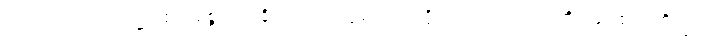
ဣဓ၊ ဤလောက၌။ ဧကစ္စော၊ အချို့သော။ ပုဂ္ဂလော၊ ပုဂ္ဂိုလ်သည်။ ဟောတိ၊ ဖြစ်၏။ ဘိက္ခဝေ၊